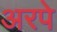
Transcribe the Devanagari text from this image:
अरपे